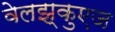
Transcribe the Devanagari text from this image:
वेलझ्कुएज